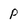
Character: p